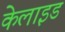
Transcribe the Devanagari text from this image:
केलाइड